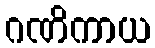
ဂဏိကာယ